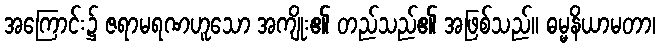
အကြောင်း၌ ဇရာမရဏဟူသော အကျိုး၏ တည်သည်၏ အဖြစ်သည်။ ဓမ္မနိယာမတာ၊